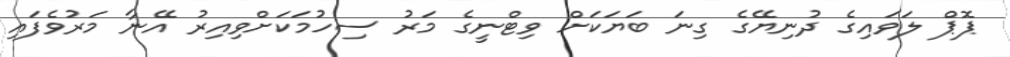
ޕޮޕް ލަވައިގެ ދުނިޔޭގެ ގިނަ ބަޔަކަށް ވިޓްނީގެ މަރު ސިހުމަކަށްވިއިރު އޭނާ މަރުވެފައި